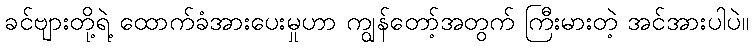
ခင်ဗျားတို့ရဲ့ ထောက်ခံအားပေးမှုဟာ ကျွန်တော့်အတွက် ကြီးမားတဲ့ အင်အားပါပဲ။